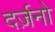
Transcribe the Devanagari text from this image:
दर्ज़नो